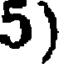
5)